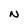
Character: N